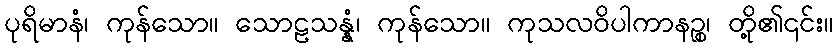
ပုရိမာနံ၊ ကုန်သော။ သောဠသန္နံ၊ ကုန်သော။ ကုသလဝိပါကာနဉ္စ၊ တို့၏၎င်း။